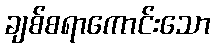
ချစ်စရာကောင်းသော